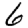
Digit: 6